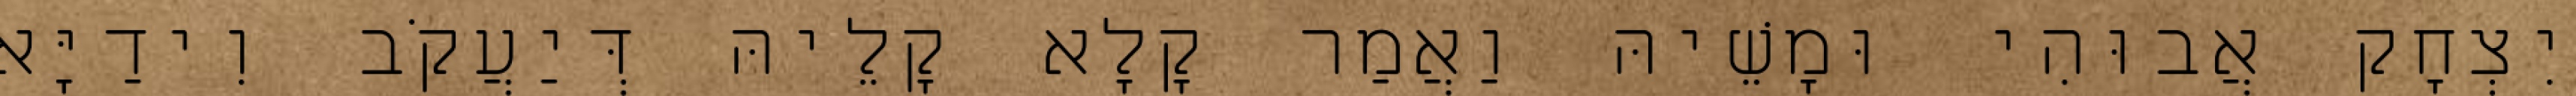
יִצְחָק אֲבוּהִי וּמָשֵׁיהּ וַאֲמַר קָלָא קָלֵיהּ דְּיַעֲקֹב וִידַיָּא